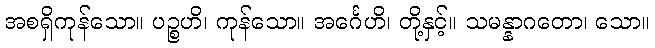
အစရှိကုန်သော။ ပဉ္စဟိ၊ ကုန်သော။ အင်္ဂေဟိ၊ တို့နှင့်။ သမန္နာဂတော၊ သော။